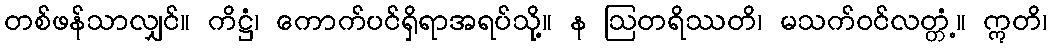
တစ်ဖန်သာလျှင်။ ကိဋ္ဌံ၊ ကောက်ပင်ရှိရာအရပ်သို့။ န ဩတရိဿတိ၊ မသက်ဝင်လတ္တံ့။ ဣတိ၊